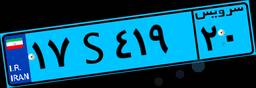
۱۷S۴۱۹۲۰